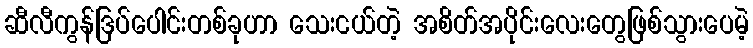
ဆီလီကွန်ဒြပ်ပေါင်းတစ်ခုဟာ သေးငယ်တဲ့ အစိတ်အပိုင်းလေးတွေဖြစ်သွားပေမဲ့